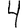
Digit: 4